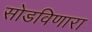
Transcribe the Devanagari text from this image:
सोडविणारा